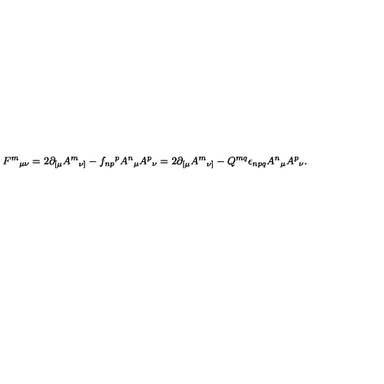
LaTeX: F ^ { m } { } _ { \mu \nu } = 2 \partial _ { [ \mu } A ^ { m } { } _ { \nu ] } - f _ { n p } { } ^ { p } A ^ { n } { } _ { \mu } A ^ { p } { } _ { \nu } = 2 \partial _ { [ \mu } A ^ { m } { } _ { \nu ] } - Q ^ { m q } \epsilon _ { n p q } A ^ { n } { } _ { \mu } A ^ { p } { } _ { \nu } .